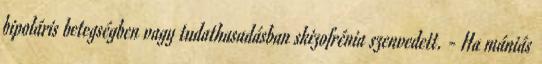
bipoláris betegségben vagy tudathasadásban skizofrénia szenvedett. - Ha mániás